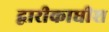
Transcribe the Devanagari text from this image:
द्वारीकाधीश